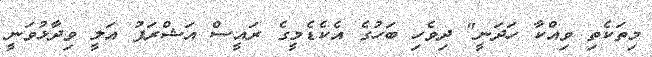
މިތަކެތި ވިއްކާ ހަދަނީ" ދިވެހި ބަހުގެ އެކެޑެމީގެ ރައީސް އަޝްރަފު އަލީ ވިދާޅުވަނީ